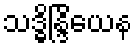
သဒ္ဓိန္ဒြိယေန